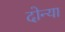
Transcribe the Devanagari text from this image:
दोन्या